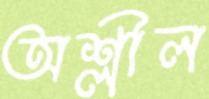
অশ্লীল